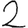
Digit: 2